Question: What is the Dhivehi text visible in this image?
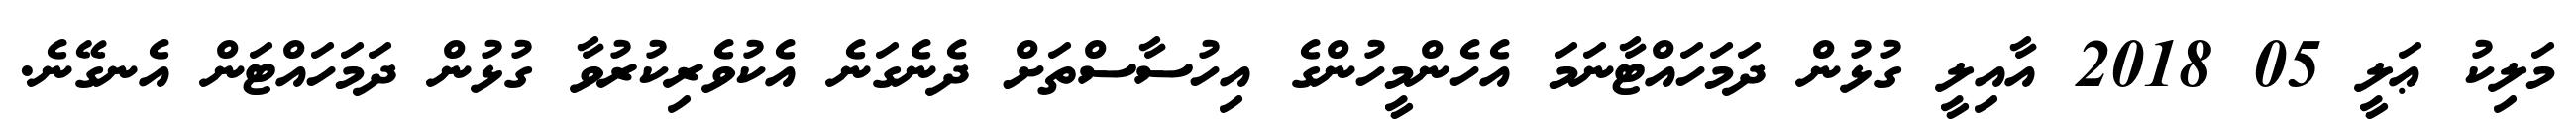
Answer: މަލިކު ޢަލީ 05 2018 އާއިލީ ގުޅުން ދަމަހައްޓާނަމަ އެހެންމީހުންގެ އިހުސާސްތަށް ދެނެގަނެ އެކުވެރިކުރުވާ ގުޅުން ދަމަހައްޓަން އެނގޭނެ.